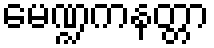
မေဏ္ဍကနတ္တာ